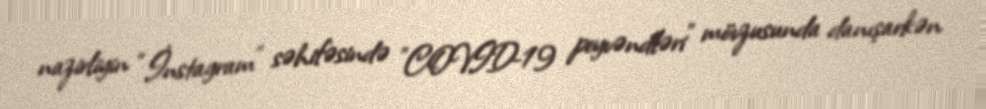
nazirliyin “İnstagram” səhifəsində "COVID-19 peyvəndləri" mövzusunda danışarkən